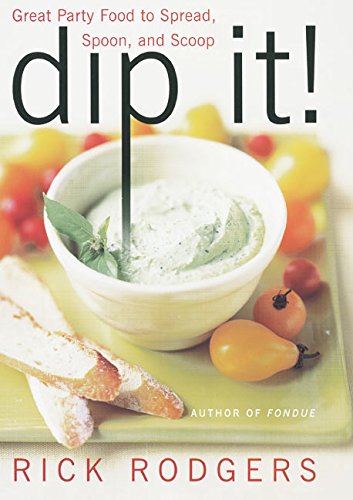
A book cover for Dip It! Great Party Food to Spread, Spoon, and Scoop; Rick Rodgers; Cookbooks, Food & Wine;